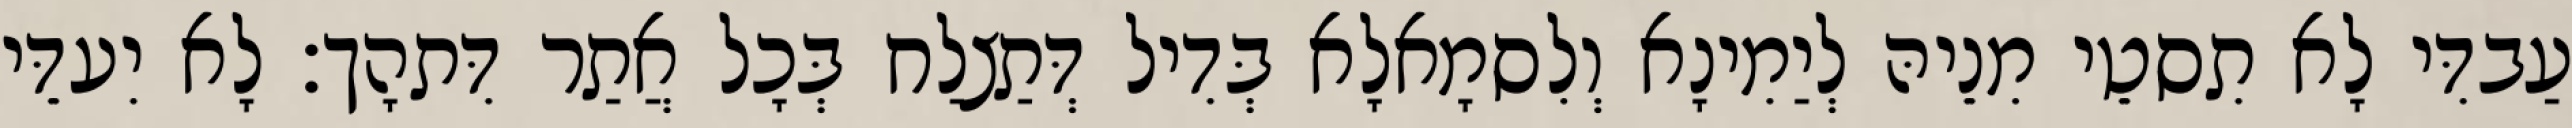
עַבדִּי לָא תִסטֵי מִנֵיהּ לְיַמִינָא וְלִסמָאלָא בְּדִיל דְּתַצלַח בְּכָל אֲתַר דִּתהָך׃ לָא יִעדֵּי